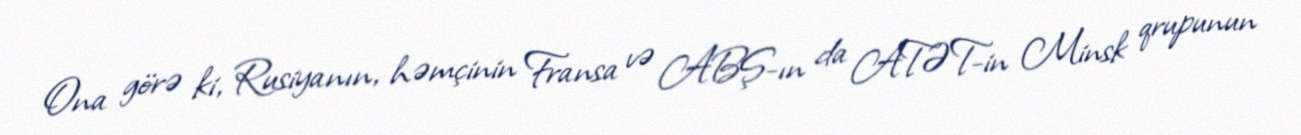
Ona görə ki, Rusiyanın, həmçinin Fransa və ABŞ-ın da ATƏT-in Minsk qrupunun